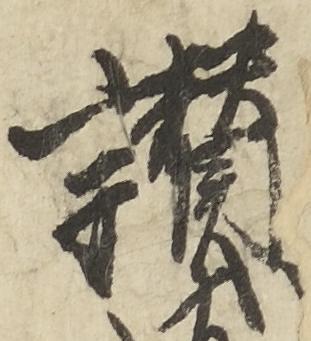
讃